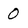
Character: 0